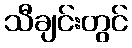
သီချင်းတွင်